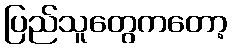
ပြည်သူတွေကတော့